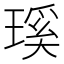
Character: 𤨊